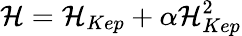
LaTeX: {\cal H}={\cal H}_{Kep}+\alpha{\cal H}_{Kep}^{2}